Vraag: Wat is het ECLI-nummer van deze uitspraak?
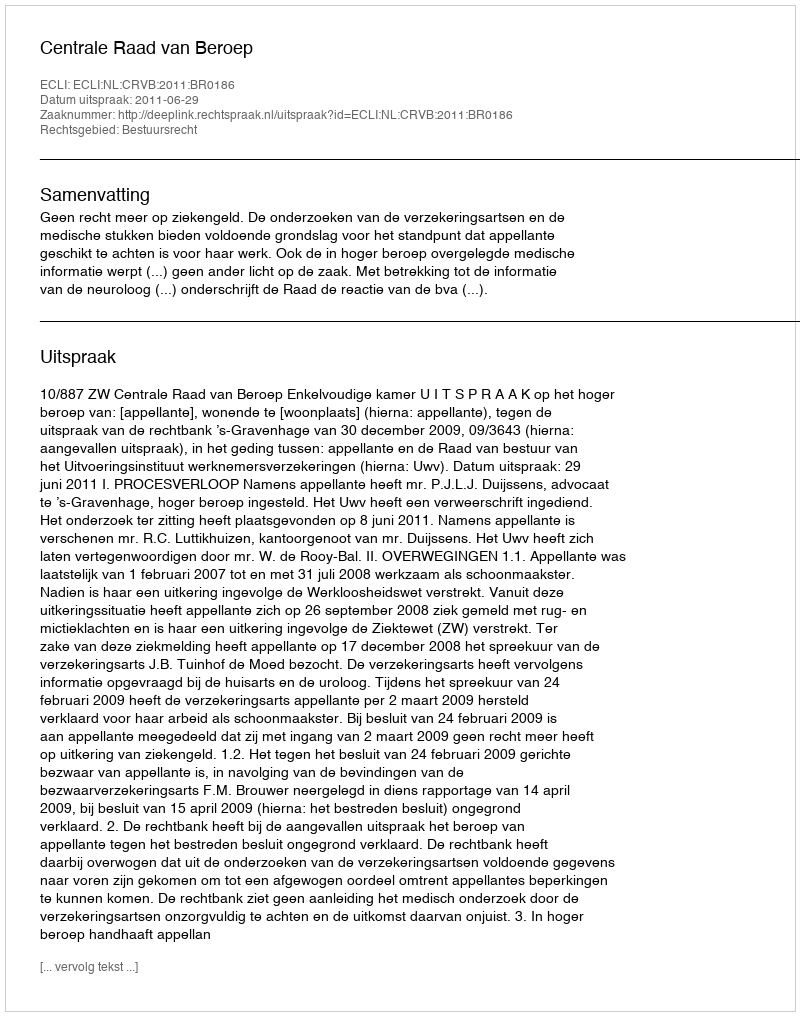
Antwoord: ECLI:NL:CRVB:2011:BR0186